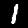
Label: 1